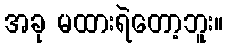
အခု မထားရဲတော့ဘူး။